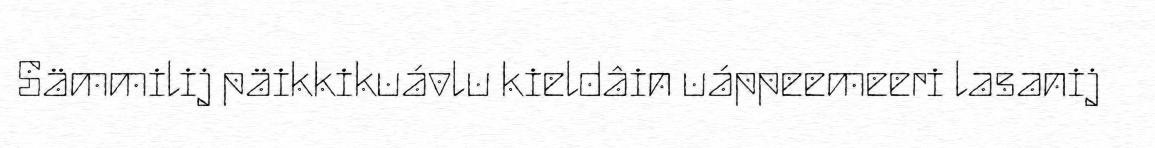
Sämmilij päikkikuávlu kieldâin uáppeemeeri lasanij